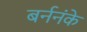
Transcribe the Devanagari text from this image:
बर्ननंके